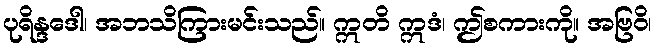
ပုရိန္ဒဒေါ၊ အဘသိကြားမင်းသည်။ ဣတိ ဣဒံ၊ ဤစကားကို။ အဗြဝိ၊